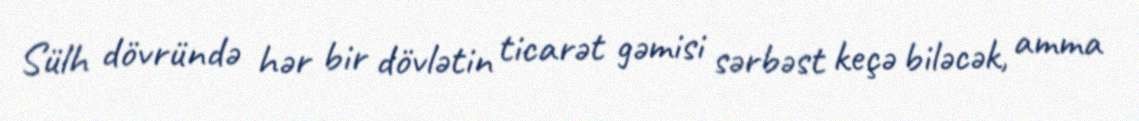
Sülh dövründə hər bir dövlətin ticarət gəmisi sərbəst keçə biləcək, amma